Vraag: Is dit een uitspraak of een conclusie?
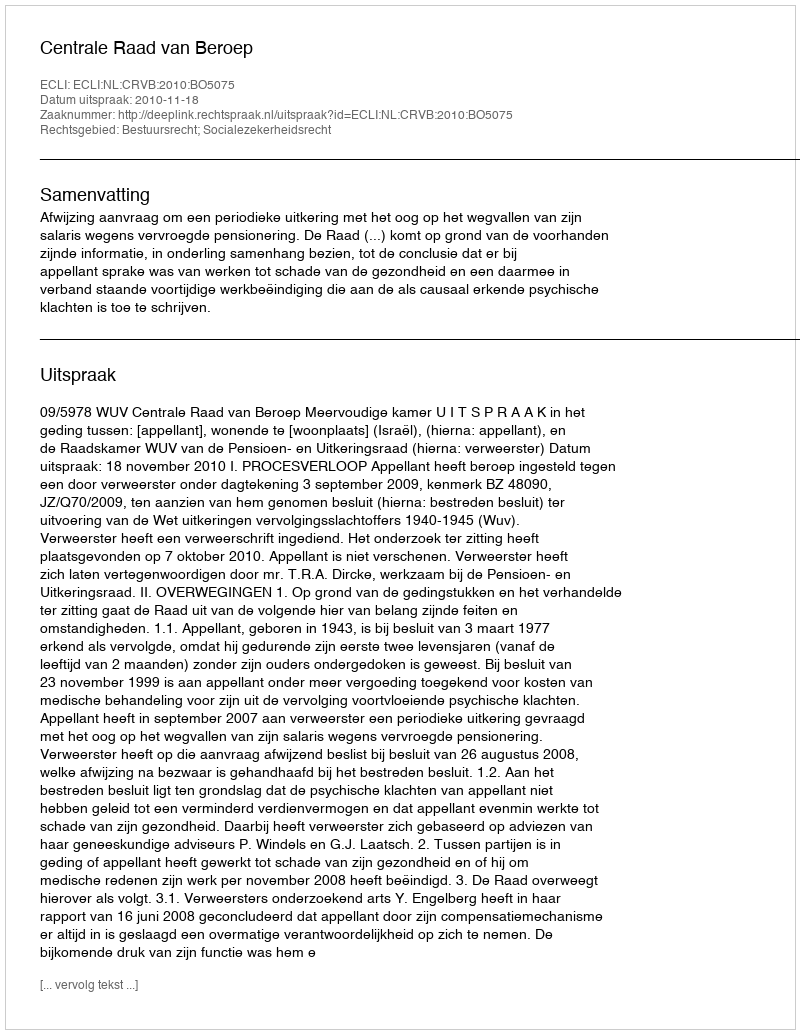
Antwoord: Uitspraak